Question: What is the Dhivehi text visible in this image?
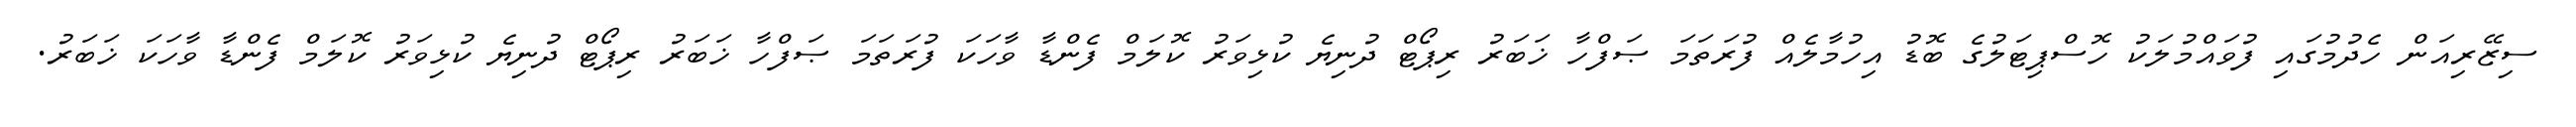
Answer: ސިޒޭރިއަން ހެދުމުގައި ފުވައްމުލަކު ހޮސްޕިޓަލުގެ ބޮޑު އިހުމާލެއް ފުރަތަމަ ޞަފްހާ ޚަބަރު ރިޕޯޓް ދުނިޔެ ކުޅިވަރު ކޮލަމް ފެންޑާ ވާހަކަ ފުރަތަމަ ޞަފްހާ ޚަބަރު ރިޕޯޓް ދުނިޔެ ކުޅިވަރު ކޮލަމް ފެންޑާ ވާހަކަ ޚަބަރު.